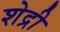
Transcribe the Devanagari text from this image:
शेद्री